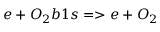
e + O _ { 2 } b 1 s = > e + O _ { 2 }